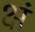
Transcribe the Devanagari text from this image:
क्षं